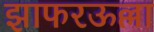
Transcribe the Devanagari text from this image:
झाफरऊल्ला